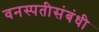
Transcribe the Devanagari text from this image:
वनस्पतीसंबंधी